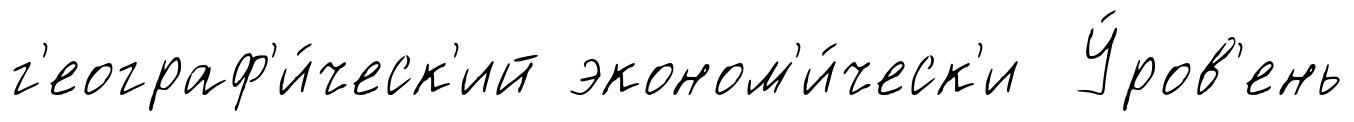
г'еограф'и́ческ'ий эконом'и́ческ'и У́ров'ень